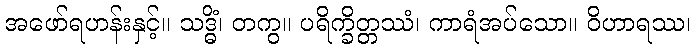
အဖော်ရဟန်းနှင့်။ သဒ္ဓိံ၊ တကွ။ ပရိက္ခိတ္တဿံ၊ ကာရံအပ်သော။ ဝိဟာရဿ၊